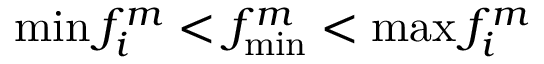
\operatorname* { m i n } { f _ { i } ^ { m } } < f _ { \operatorname* { m i n } } ^ { m } < \operatorname* { m a x } { f _ { i } ^ { m } }